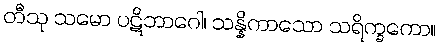
တီသု သမော ပဋိဘာဂေါ၊ သန္နိကာသော သရိက္ခကော။